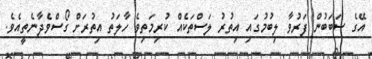
އޭގެ ސަބަބުން ފަރުވާ ލިބުމުގައި އިތުރު ލަސްތަކެއް ކުރިމަތިވެ ހާލަތު އިތުރަށް ގޯސްވެދާނެތީއެވެ.